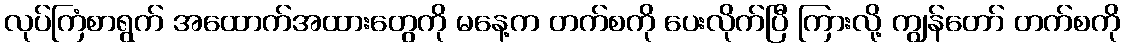
လုပ်ကြံစာရွက် အထောက်အထားတွေကို မနေ့က တက်စကို ပေးလိုက်ပြီ ကြားလို့ ကျွန်တော် တက်စကို